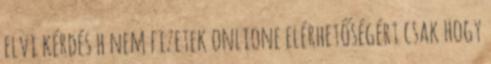
elvi kérdés h nem fizetek onlione elérhetőségért csak hogy